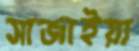
সাজাইয়া